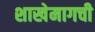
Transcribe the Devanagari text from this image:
शाखेमागची